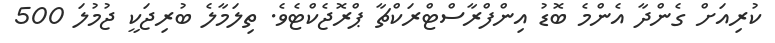
ކުރިއަށް ގެންދާ އެންމެ ބޮޑު އިންފްރާސްޓްރަކްޗާ ޕްރޮޖެކްޓެވެ. ތިލަމާލެ ބުރިޖަކީ ޖުމުލަ 500